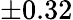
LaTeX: \pm 0.32